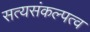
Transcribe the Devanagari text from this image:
सत्यसंकल्पत्व